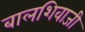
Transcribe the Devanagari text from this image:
बालशिवाजी